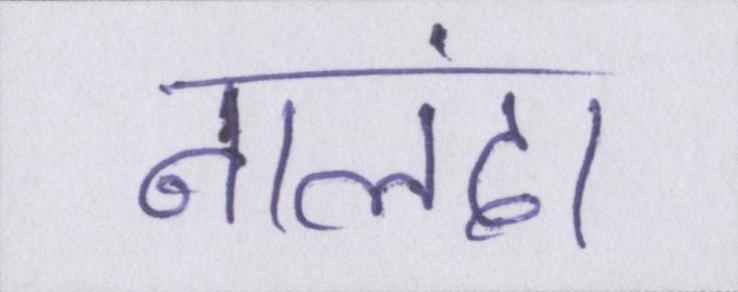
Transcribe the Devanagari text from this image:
नालंदा